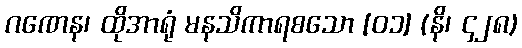
ဂဏေန၊ ထိုအာရုံ မနသိကာရစသော [၀၁] (နိ၊ ၄၂၈)